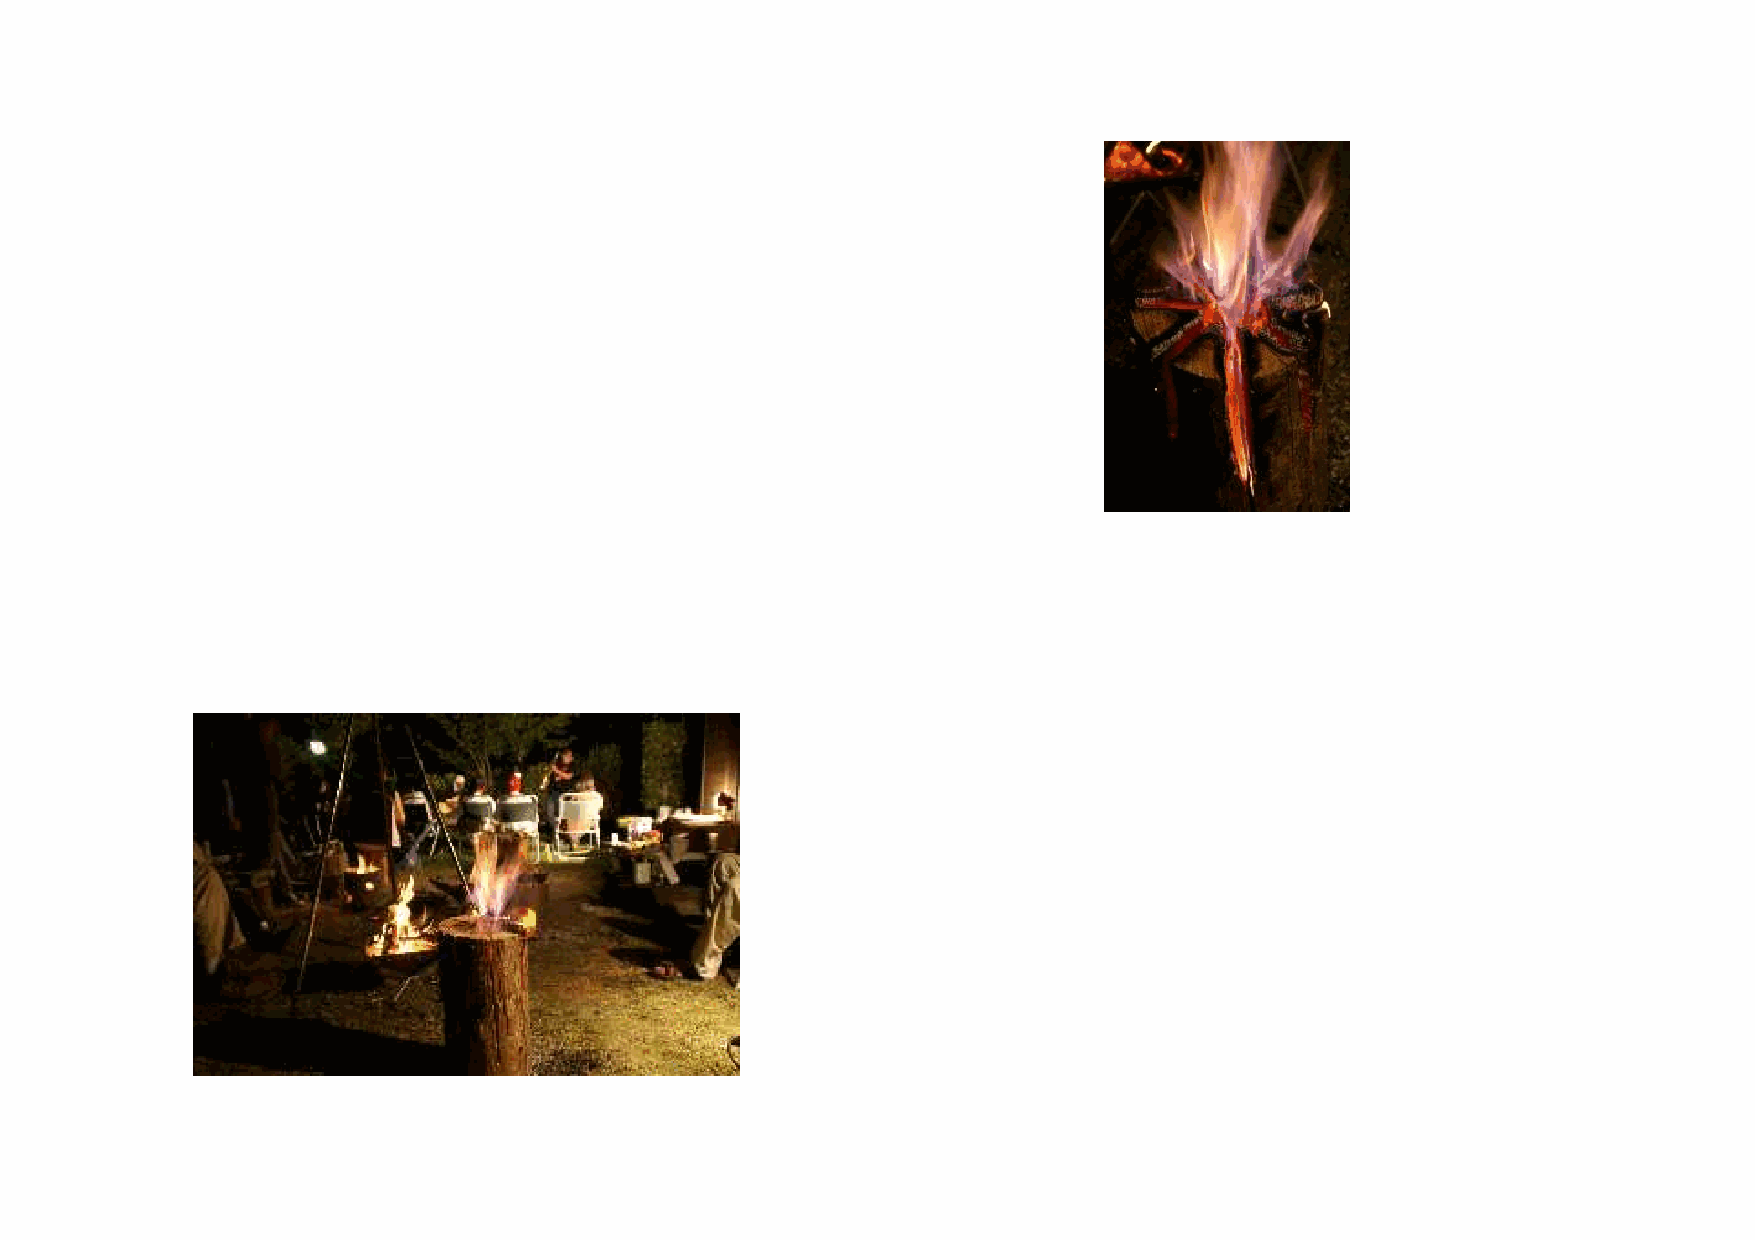
始       十    大   ら    わ   ベ    験        思   川    は   右   あ
 め   僕   を    勢   ぬ    れ   ン    ツ   先    い   や    、   に   る
 て   は   満    集   シ    ま   ト    ア   日    ま   流    大   出   」                          「
 の   、   喫    ま   マ    し   が    ー   、    す   域    勢   る   と                          四
 「
 し    っ   キ    た   中    」        。   の    の   ラ   言                          万
 仕   こ
 冬
 て    て   チ    。   流    と            自    人   イ   う                          十
 事   の
 の
 い    、   さ    ト   域    銘            然    た   バ   御                          炎
 を   イ
 四
 ま    冬   ん    ラ   の    打            を    ち   ル   仁                          歌
 し   ベ
 万
 し    の   た    キ   町    っ            大    の   は   も                          」
 ま   ン                              十
 に   勢    流
 た    四   ち    チ   で    た            切    知   い   い
 し   ト                              ・
 も   の    」   四
 。    万   が    な   行    イ            に    恵   な   ま
 た   で                              体
 っ   フ    と   万
 育    と   い   す
 。
 と   ァ    い   十
 て    行   で   が
 水   ン    う   川
 て    動   し   、
 質   が    だ   は
 い    力   ょ   懐                      【
 の   い    け   「
 る    と   う   の                      自
 良   ま    あ   最
 か    団   。   深                      然
 い   す    っ   後
 ら    結   深   さ                      爺
 川   。    て   の
 だ    が   い   で        「             】
 が        大   清
 と    、   懐   は        他